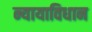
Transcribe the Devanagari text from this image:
न्यायाविधान